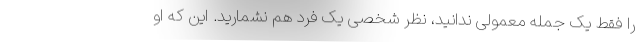
را فقط یک جمله معمولی ندانید، نظر شخصی یک فرد هم نشمارید. این که او